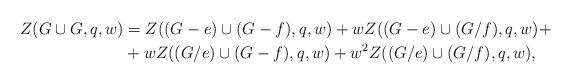
LaTeX: \begin{align*}Z(G\cup G,q,w) &= Z((G-e)\cup (G-f),q,w)+wZ((G-e)\cup (G/f),q,w)+\\&+wZ((G/e)\cup (G-f),q,w)+w^2Z((G/e)\cup (G/f),q,w),\end{align*}